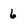
Character: 6